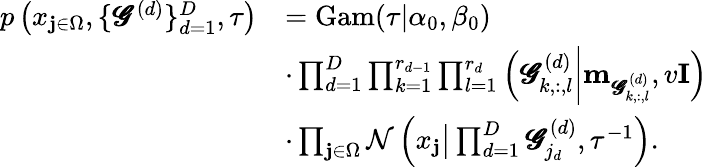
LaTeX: \begin{array}{rl}{p\left(x_{\mathbf{j}\in\Omega},\{ \pmb{\mathscr{G}}^{(d)}\} _{d=1}^{D},\tau\right)}&{=\operatorname{Gam}(\tau|\alpha_{0},\beta_{0})}\\ &{\cdot\prod_{d=1}^{D}\prod_{k=1}^{r_{d-1}}\prod_{l=1}^{r_{d}}\left(\pmb{\mathscr{G}}_{k,:,l}^{(d)}\bigg|\mathbf{m}_{\pmb{\mathscr{G}}_{k,:,l}^{(d)}},v\mathbf{I}\right)}\\ &{\cdot\prod_{\mathbf{j}\in\Omega}\mathcal{N}\left(x_{\mathbf{j}}\big|\prod_{d=1}^{D}\pmb{\mathscr{G}}_{j_{d}}^{(d)},\tau^{-1}\right).}\end{array}